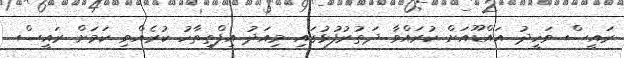
ރައީސް ވަހީދު އައްޑޫއަށް ކުރައްވާ ދަތުރުފުޅުގައި މިއަދު އިފްތިތާހު ކުރެއްވި ކަމަށް ރައީސް